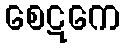
စေဋကေ